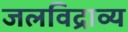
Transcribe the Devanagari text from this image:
जलविद्राव्य